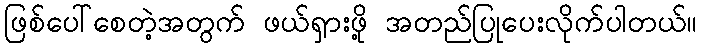
ဖြစ်ပေါ်စေတဲ့အတွက် ဖယ်ရှားဖို့ အတည်ပြုပေးလိုက်ပါတယ်။